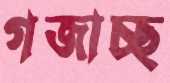
গজাচ্ছ